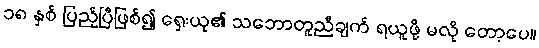
၁၈ နှစ် ပြည့်ပြီဖြစ်၍ ရှေးယု၏ သဘောတူညီချက် ရယူဖို့ မလို တော့ပေ။